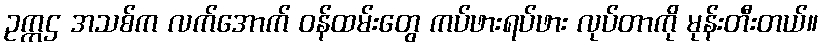
ဥက္ကဌ အသစ်က လက်အောက် ဝန်ထမ်းတွေ ကပ်ဖားရပ်ဖား လုပ်တာကို မုန်းတီးတယ်။